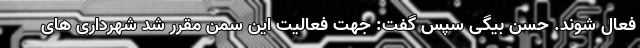
فعال شوند. حسن بیگی سپس گفت: جهت فعالیت این سمن مقرر شد شهرداری های